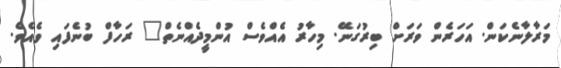
މަރާލާނެކަން. އަހަރެން ވަރަށް ބިރުގަނޭ. މިހާރު އެއްވެސް އުންމީދެއްނެތް" ރަހާފް ބުނެފައި ވެއެވެ.